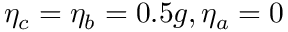
\eta _ { c } = \eta _ { b } = 0 . 5 g , \eta _ { a } = 0